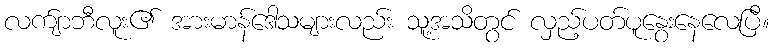
လက်ျာဘီလူး၏ အားမာန်ဒေါသများလည်း သူ့အသိတွင် လှည့်ပတ်ပူနွေးနေလေပြီ။